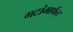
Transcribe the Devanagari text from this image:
गटांमार्फत